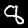
Digit: 8